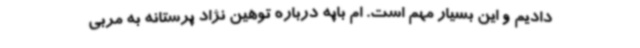
دادیم و این بسیار مهم است. ام باپه درباره توهین نژاد پرستانه به مربی